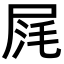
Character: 𡱤